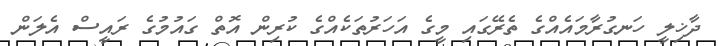
ދާޚިލީ ހަނގުރާމައެއްގެ ތެރޭގައި މީގެ އަހަރުތަކެއްގެ ކުރިން އޮތް ގައުމުގެ ރައީސް އެލަން